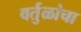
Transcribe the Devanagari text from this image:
वर्तुळांचा